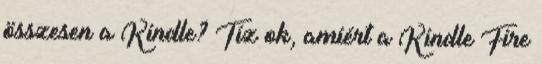
összesen a Kindle? Tíz ok, amiért a Kindle Fire